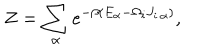
Z = \sum _ { \alpha } e ^ { - \beta ( E _ { \alpha } - \Omega _ { i } J _ { i \, \alpha } ) } ,